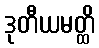
ဒုတီယမတ္ထိ